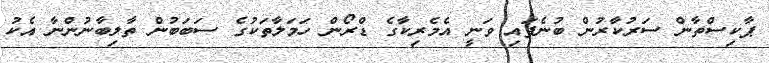
ޕާކިސްތާން ސަރުކާރުން ބުނެފައި ވަނީ އެމެރިކާގެ ޑްރޯން ހަމަލާތަކުގެ ސަބަބުން ތާލިބާނުންނާ އެކު